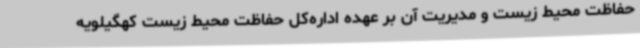
حفاظت محیط زیست و مدیریت آن بر عهده اداره‌کل حفاظت محیط زیست کهگیلویه